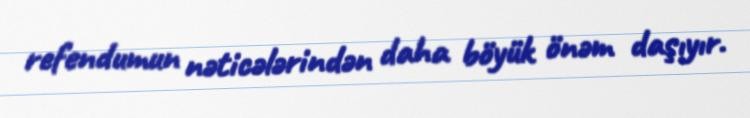
refendumun nəticələrindən daha böyük önəm daşıyır.